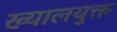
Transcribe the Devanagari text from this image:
ख्यालयुक्त